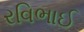
રવિભાઈ